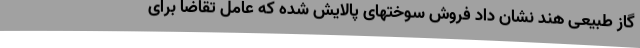
گاز طبیعی هند نشان داد فروش سوختهای پالایش شده که عامل تقاضا برای